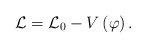
\begin{align*}\mathcal{L=L}_0-V\left( \varphi \right) .\end{align*}